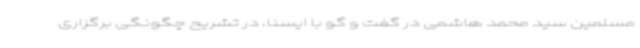
مسلمین سید محمد هاشمی در گفت و گو با ایسنا، در تشریح چگونگی برگزاری